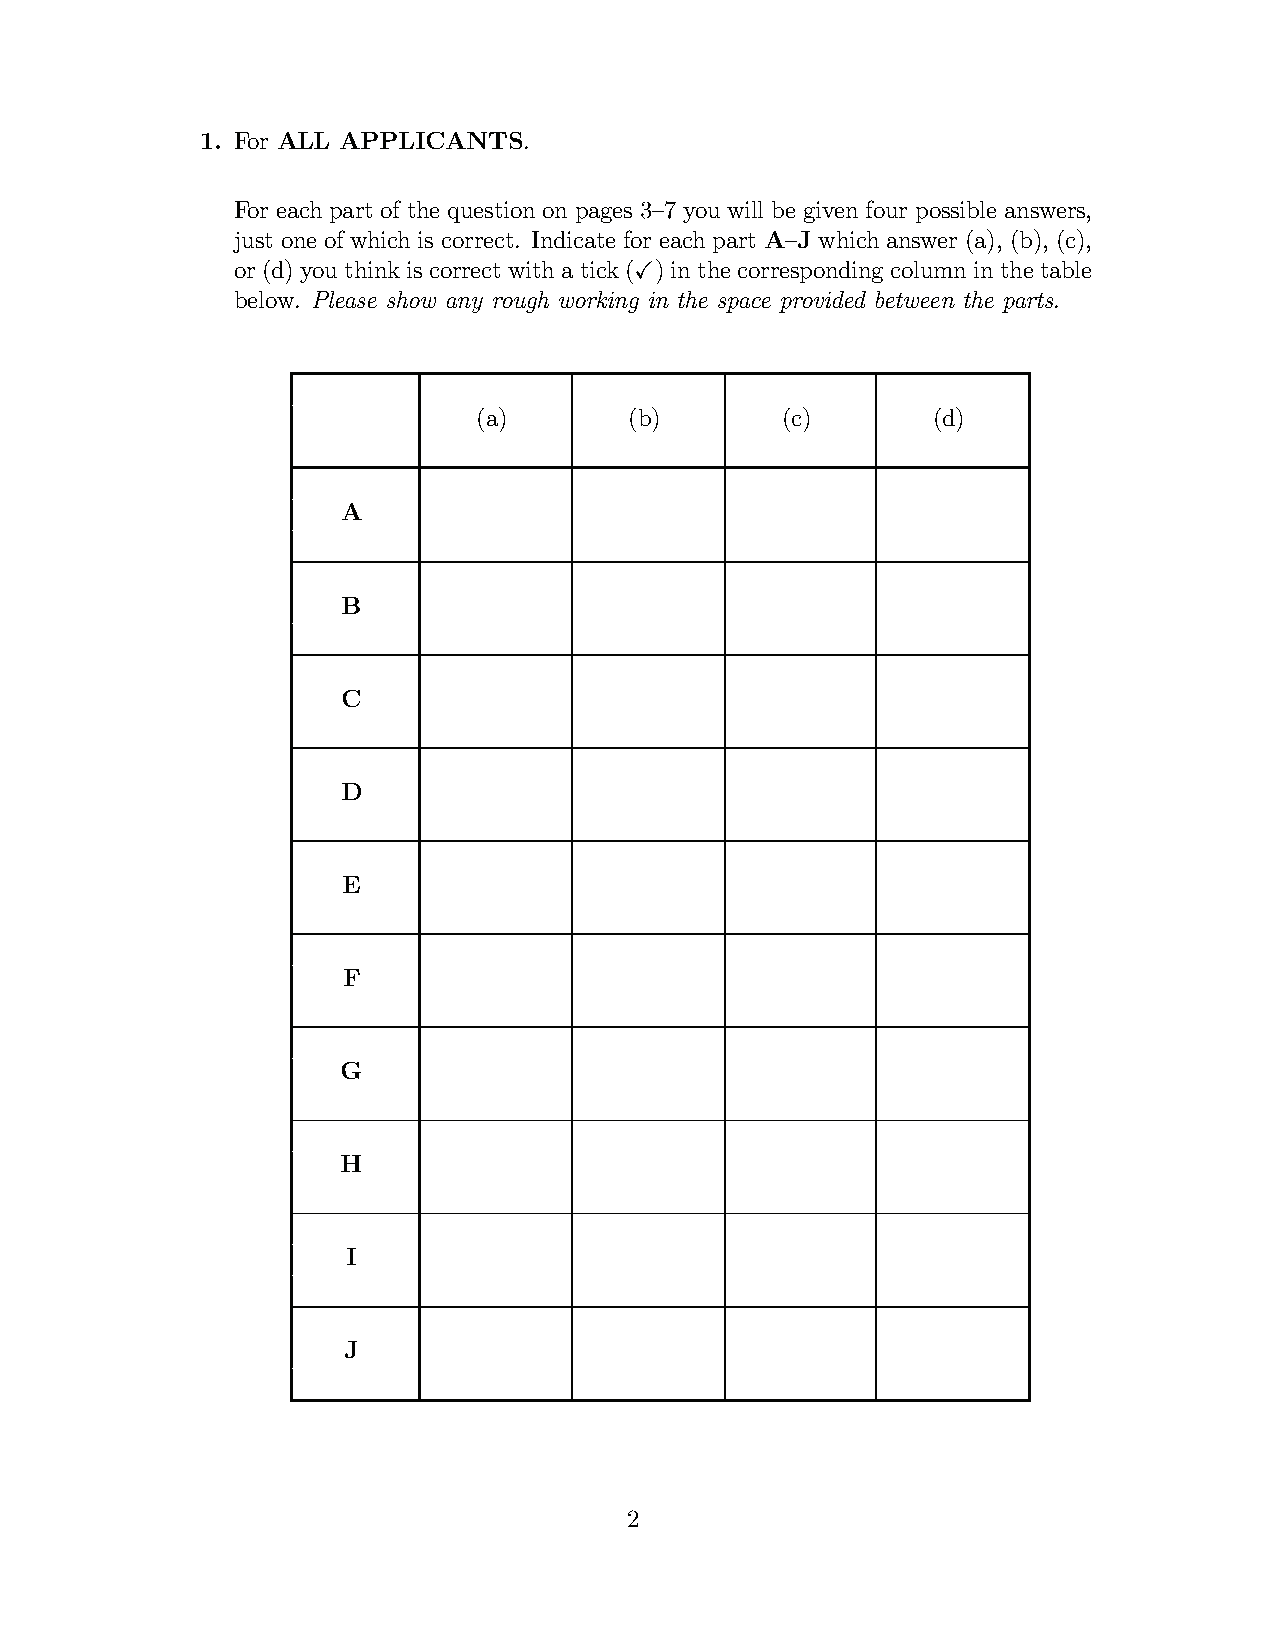
1. For ALL APPLICANTS.
 For each part of the question on pages 3—7 you will be given four possible answers,
 just one of which is correct. Indicate for each part A—J which answer (a), (b), (c),
 or(d) youthinkis correct withatick(X) inthecorrespondingcolumninthetable
 below. Please show any rough working in the space provided between the parts.
 (a)       (b)       (c)       (d)
 A
 B
 C
 D
 E
 F
 G
 H
 I
 J
 2